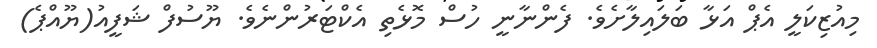
މިއުޒިކަލީ އެޕް އަޅާ ބަލައިލާށެވެ. ފެންނާނީ ހުސް މޮޅެތި އެކްޓަރުންނެވެ. ޔޫސުފް ޝަފީއު(ޔޫއްޕެ)